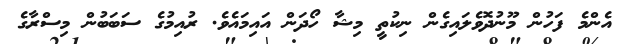
އެންމެ ފަހުން މޫނުދޮވެލައިގެން ނިކުތީ މިޝާ ހޯދަން އައިމައެވެ. ރުއިމުގެ ސަބަބުން މިސްރާގެ